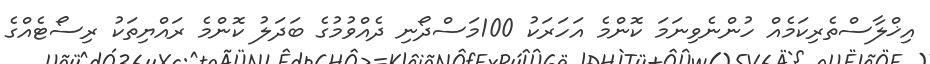
އިޚްލާސްތެރިކަމެއް ހުންނެވިނަމަ ކޮންމެ އަހަރަކު 100މަސްދޯނި ދެއްވުމުގެ ބަދަލު ކޮންމެ ރައްޔިތަކު ރިސޯޓެއްގެ